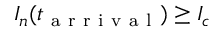
I _ { n } ( t _ { \mathrm { ~ a ~ r ~ r ~ i ~ v ~ a ~ l ~ } } ) \geq I _ { c }